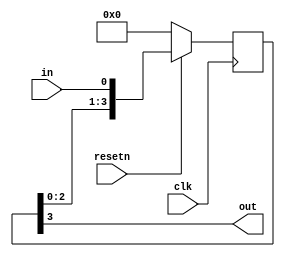
module top_module (
    input clk,
    input resetn,   // synchronous reset
    input in,
    output out);
    reg [3:0]r_out;
    always@(posedge clk)begin
        if(resetn==0) r_out<= 4'd0;
        else r_out={r_out[2:0],in};
    end
    always@(*)begin
        out=r_out[3];
    end
endmodule